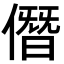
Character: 僭